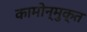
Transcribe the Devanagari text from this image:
कामोन्मुक्त